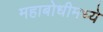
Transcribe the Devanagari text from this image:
महाबोधीमध्ये